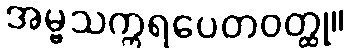
အမ္ဗသက္ကရပေတဝတ္ထု။